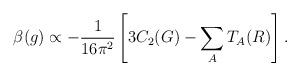
LaTeX: \begin{align*} \beta(g) \propto -{1 \over {16\pi^2}} \left[ 3C_2(G)-\sum_A T_A(R)\right].\end{align*}